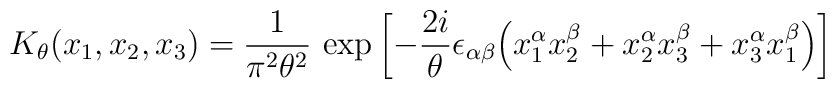
K_{\theta}(x_1,x_2,x_3)=\frac{1}{\pi^2\theta^2}\,\exp\left[-\frac{2i}{\theta}\epsilon_{\alpha\beta}\Bigl(x_1^{\alpha}x_2^{\beta}+x_2^{\alpha}x_3^{\beta}+x_3^{\alpha}x_1^{\beta}\Bigr)\right]